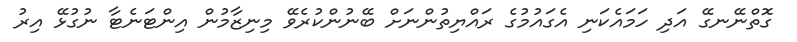
ގޮތްނޭނގޭ އަދި ހަމައެކަނި އެގައުމުގެ ރައްޔިތުންނަށް ބޭނުންކުރެވޭ މިނިޒާމުން އިންޓަނެޓާ ނުގުޅޭ އިރު